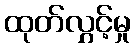
ထုတ်လွှင့်မှု